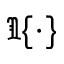
\Im \{ \cdot \}